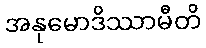
အနုမောဒိဿာမီတိ